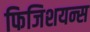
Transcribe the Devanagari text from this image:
फिजिशयन्स